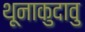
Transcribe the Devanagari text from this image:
थूनाकुदावु